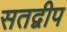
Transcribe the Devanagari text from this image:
सतद्वीप